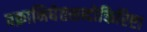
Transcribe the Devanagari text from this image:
वक्राभिधेतशब्दोक्तिरिष्टा